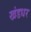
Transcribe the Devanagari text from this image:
खंडधर